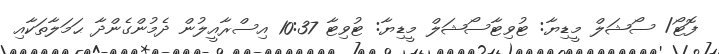
ފޮޓޯ/ ސޯޝަލް މީޑިޔާ: ޓުވިޓާސޯޝަލް މީޑިޔާ: ޓުވިޓާ 10:37 އިސްރާއީލުން ދެމުންގެންދާ ޙަމަލާތަކާއި